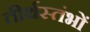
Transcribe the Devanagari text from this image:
तीर्थस्तंभों